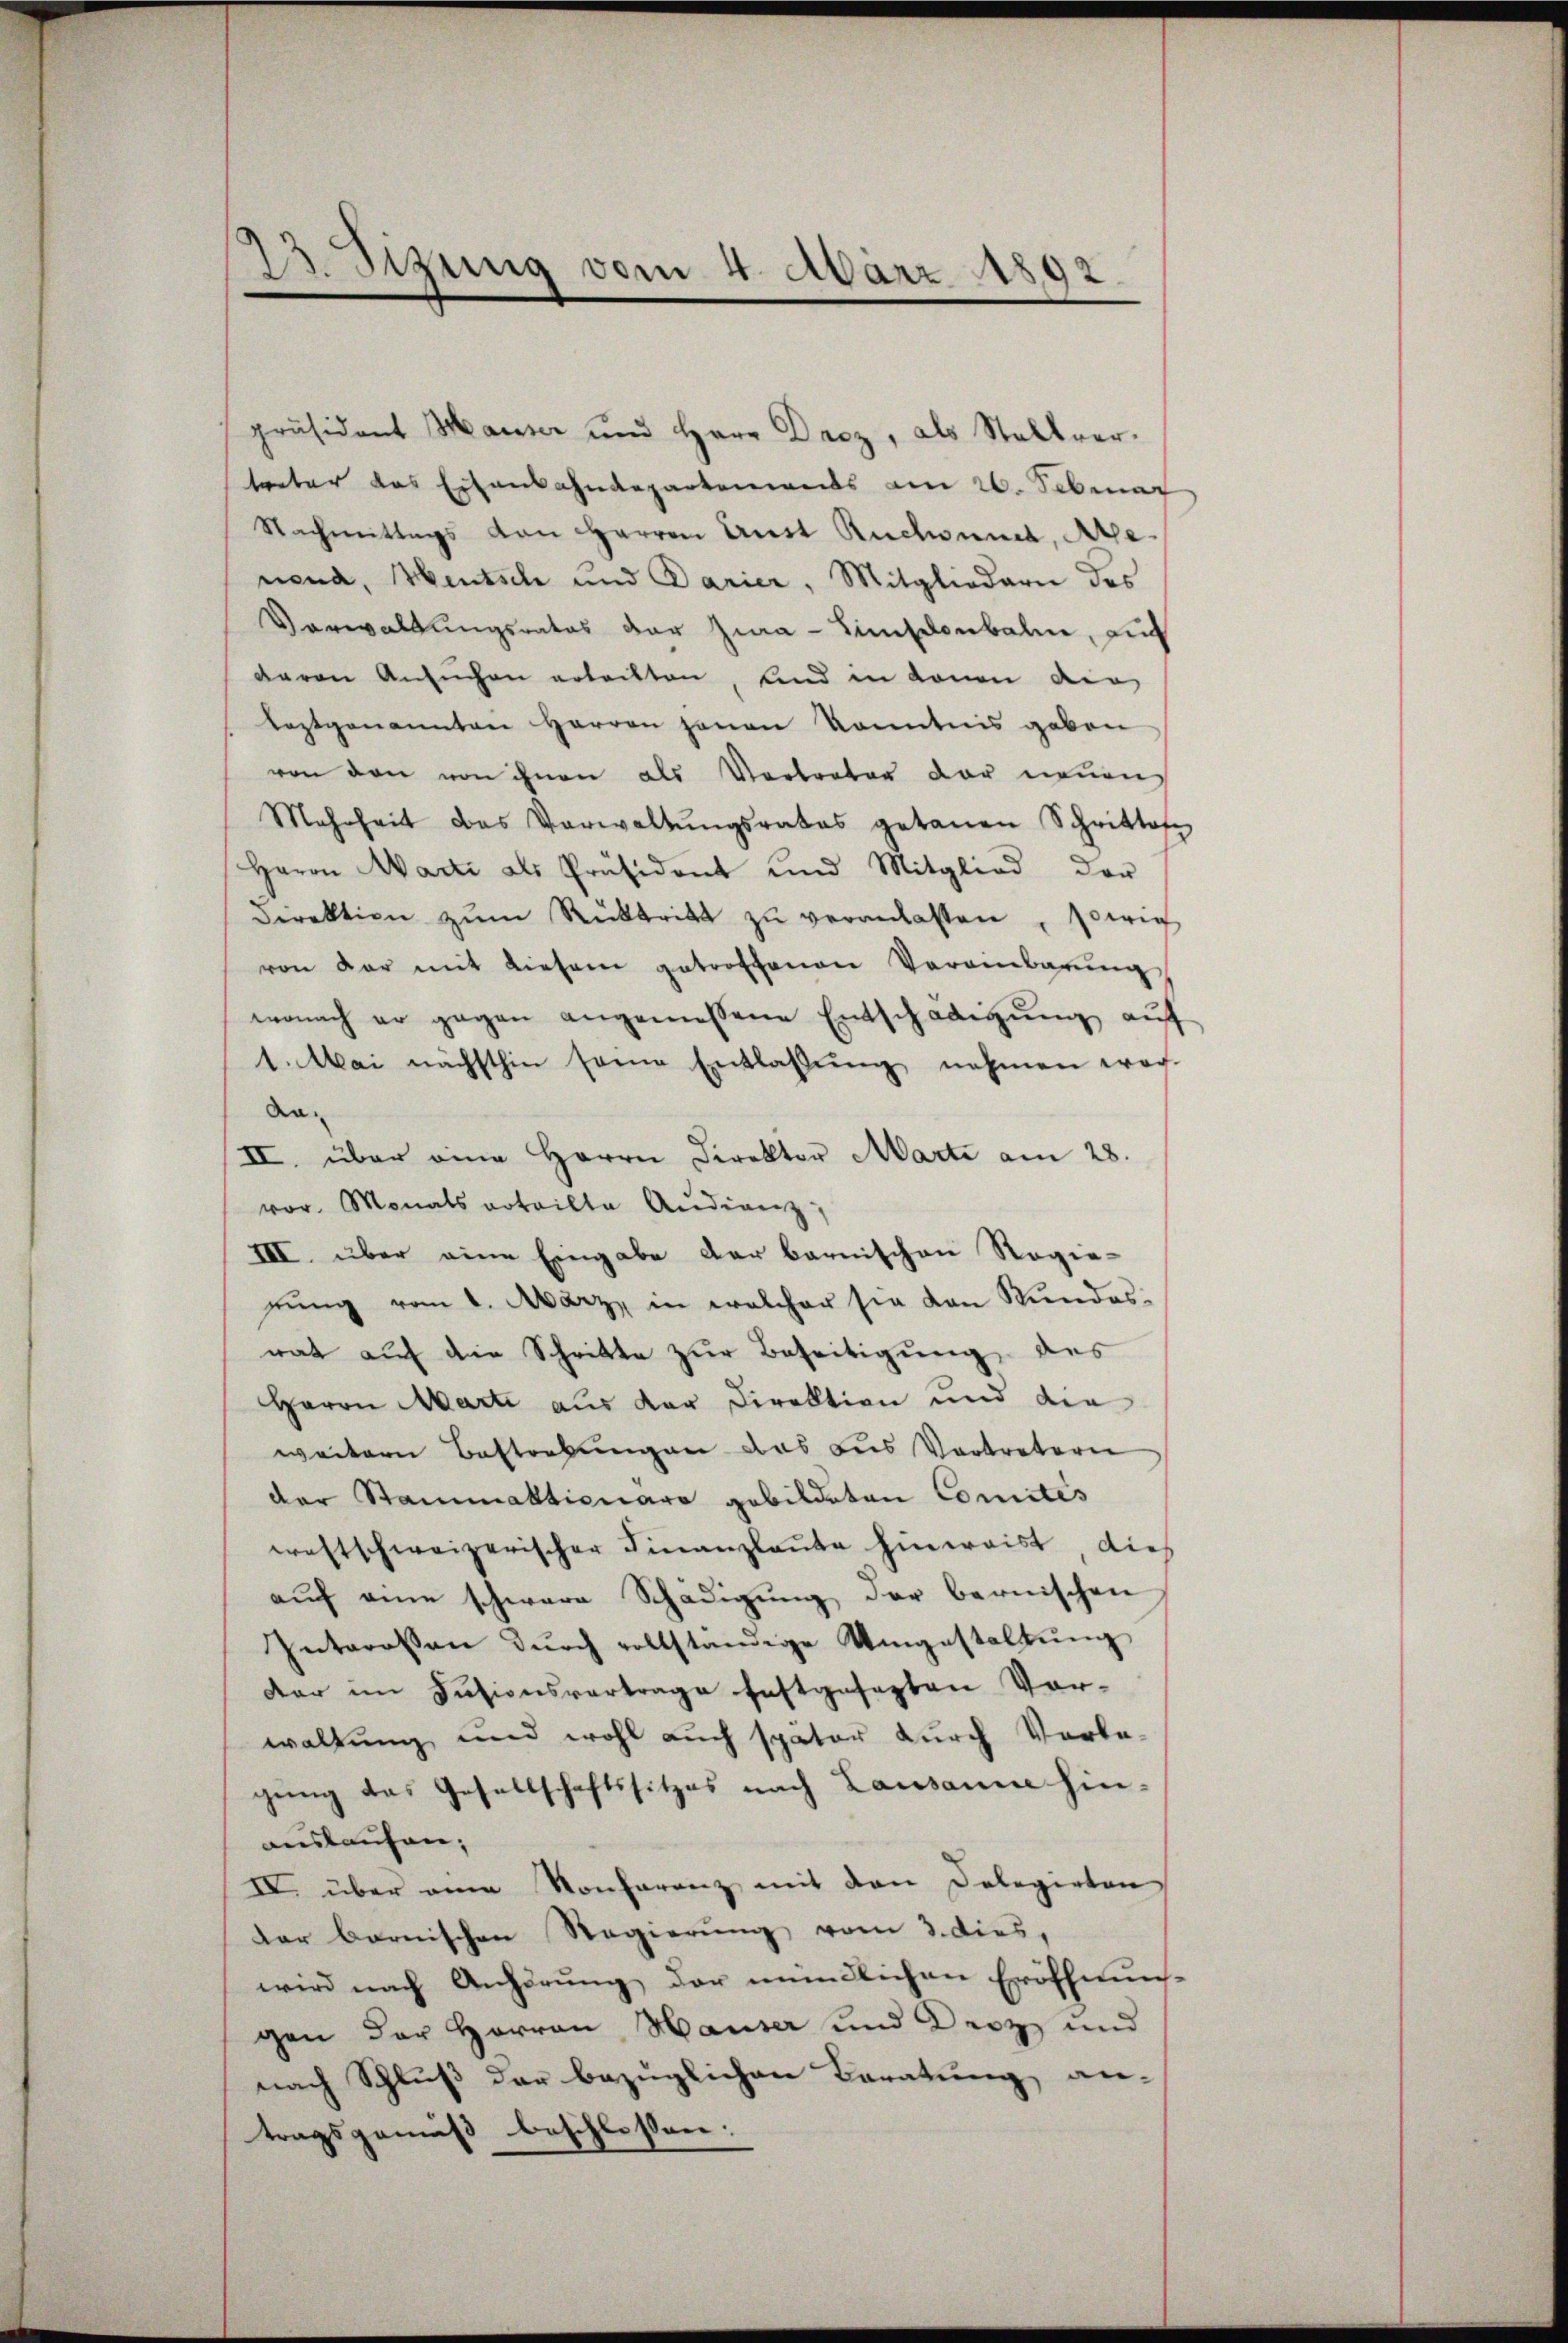
Sizung vom 4. März 1892

präsident Mausser und Herr Droz, als Stellver-
treter das Eisenbahndepartements am 26. Februar
Nachmittags von Herren Anst Ruchound, Ale-
nend, Heutsch und Darier, Mitgliedern des
Verwaltungsrates der Jura - Simselonbalm, auf
garan Ansuchen ertritten, sind in denen die
leztgenannten Herren jenen kanntnis gaben
von den von ihnen als Vertreter der neuen
Mehrheit das Verwaltŭngsrates getanen Schrittofe
Herrn Marti als Präsident und Mitglied der
Direktion zŭm Rücktritt zŭ veranlassen, sowie
von der mit diesem getroffenen Vereinbarŭng
wonach er gegen angemessene Entschädigung auf
1. Mai nächsthin seine Entlassŭng nehmen wor-
Aa-
II. über eine Herrn Direktor Marti am 28.
vor. Monats vrteilte Audienz,
III. über eine Eingabe der barnischen Regie-
rŭng vom 1. März, in welcher sie von Stundesrat auf die Schritte zur Beseitigung des
Herrn Marti aus der Direktion und die
weitern Bestrebungen das aus Vertretern
der Stammaktionara gebildeten Comités
westschweizerischer Finanzlaute hinweist dies
aŭf eine schwere Schädigŭng der bernischen
Interessen dŭrch vollständige Umgestaltŭng
der im Kasionsvertrage festgesezten Vorwaltung und wohl auch später durch Vorbe-
gung das Gesellschaftssitzes nach Lausanne hin-
auslaufen;
IV über eine Konferenz mit den Dolegirten,
der bernischen Regierŭng vom 3. dies,
wird nach Anhörung der mündlichen Eröffnung-
gen der Herren Hauser und Drozz und
nach Schluß der bezüglichen Beratung an-
tragsgemäß beschlossen: